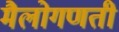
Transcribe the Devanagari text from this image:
मैलोगणती